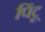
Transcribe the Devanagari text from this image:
पिंटू